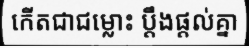
កើតជាជម្លោះ ប្តឹងផ្តល់គ្នា